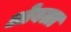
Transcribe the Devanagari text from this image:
ओबला